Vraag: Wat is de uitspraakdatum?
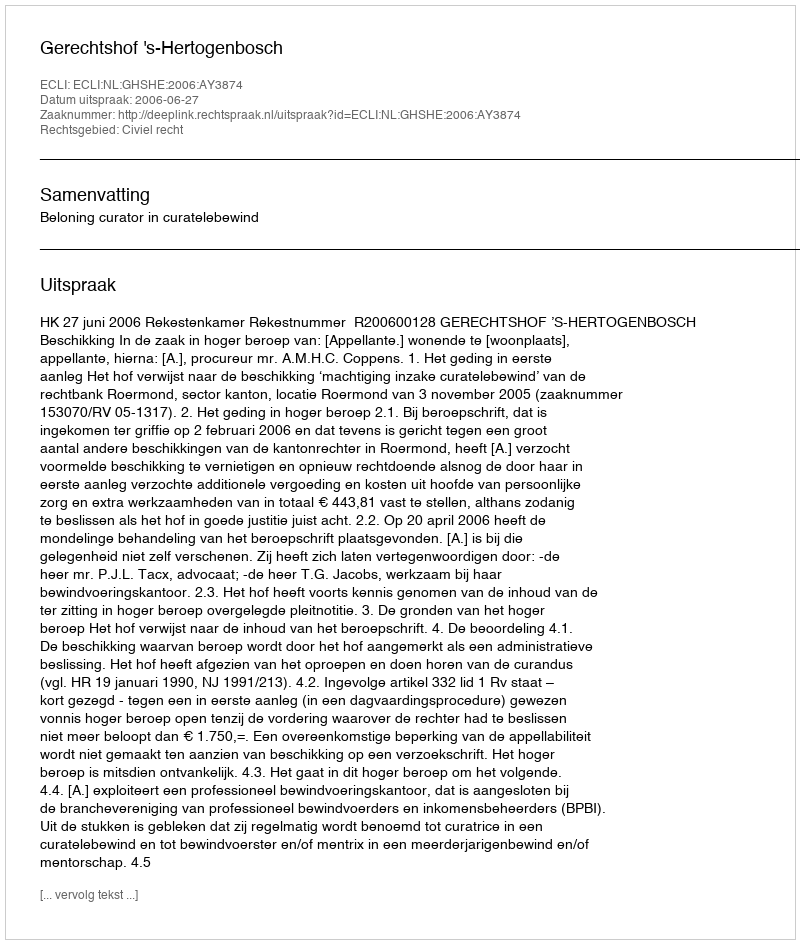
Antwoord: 2006-06-27